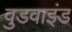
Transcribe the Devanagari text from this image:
वुडवाइंड